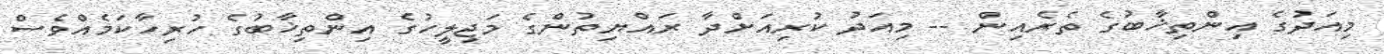
މިއަދުގެ އިންތިޚާބުގެ ތެރެއިން -- މިއަދު ކުރިއަށްދާ ރައްޔިތުންގެ މަޖިލީހުގެ އިންތިޚާބުގެ ހުރިހާކަމެއްވެސް